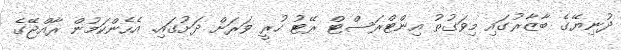
ދުނިޔޭގެ ބާޒާރުގައި މިވަގުތު އިންޓްރަސްޓް ރޭޓު ހުރީ ވަރަށް ދަށުގައި. އެހެންކަމުން ރާއްޖޭގެ